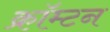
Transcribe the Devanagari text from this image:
क्रॉम्टन